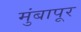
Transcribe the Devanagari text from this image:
मुंबापूर